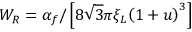
W _ { R } = \alpha _ { f } / \left[ 8 \sqrt { 3 } \pi \xi _ { L } { \left( 1 + u \right) ^ { 3 } } \right]